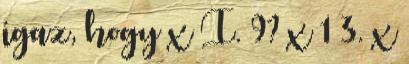
igaz, hogy x I. 9? x 1 3. x